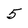
Character: 5